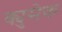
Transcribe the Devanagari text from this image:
क्युसेक